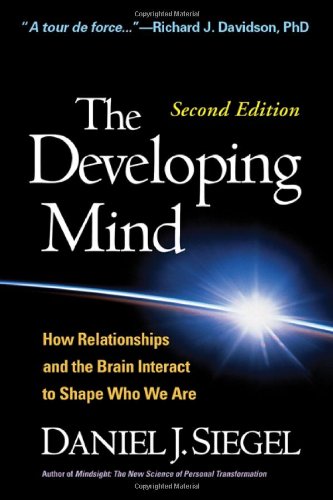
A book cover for The Developing Mind, Second Edition: How Relationships and the Brain Interact to Shape Who We Are; Daniel J. Siegel M.D.; Self-Help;